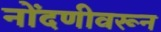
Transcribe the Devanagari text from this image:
नोंदणीवरून